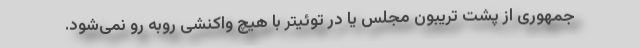
جمهوری از پشت تریبون مجلس یا در توئیتر با هیچ واکنشی روبه رو نمی‌شود.